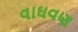
વાઘવણ